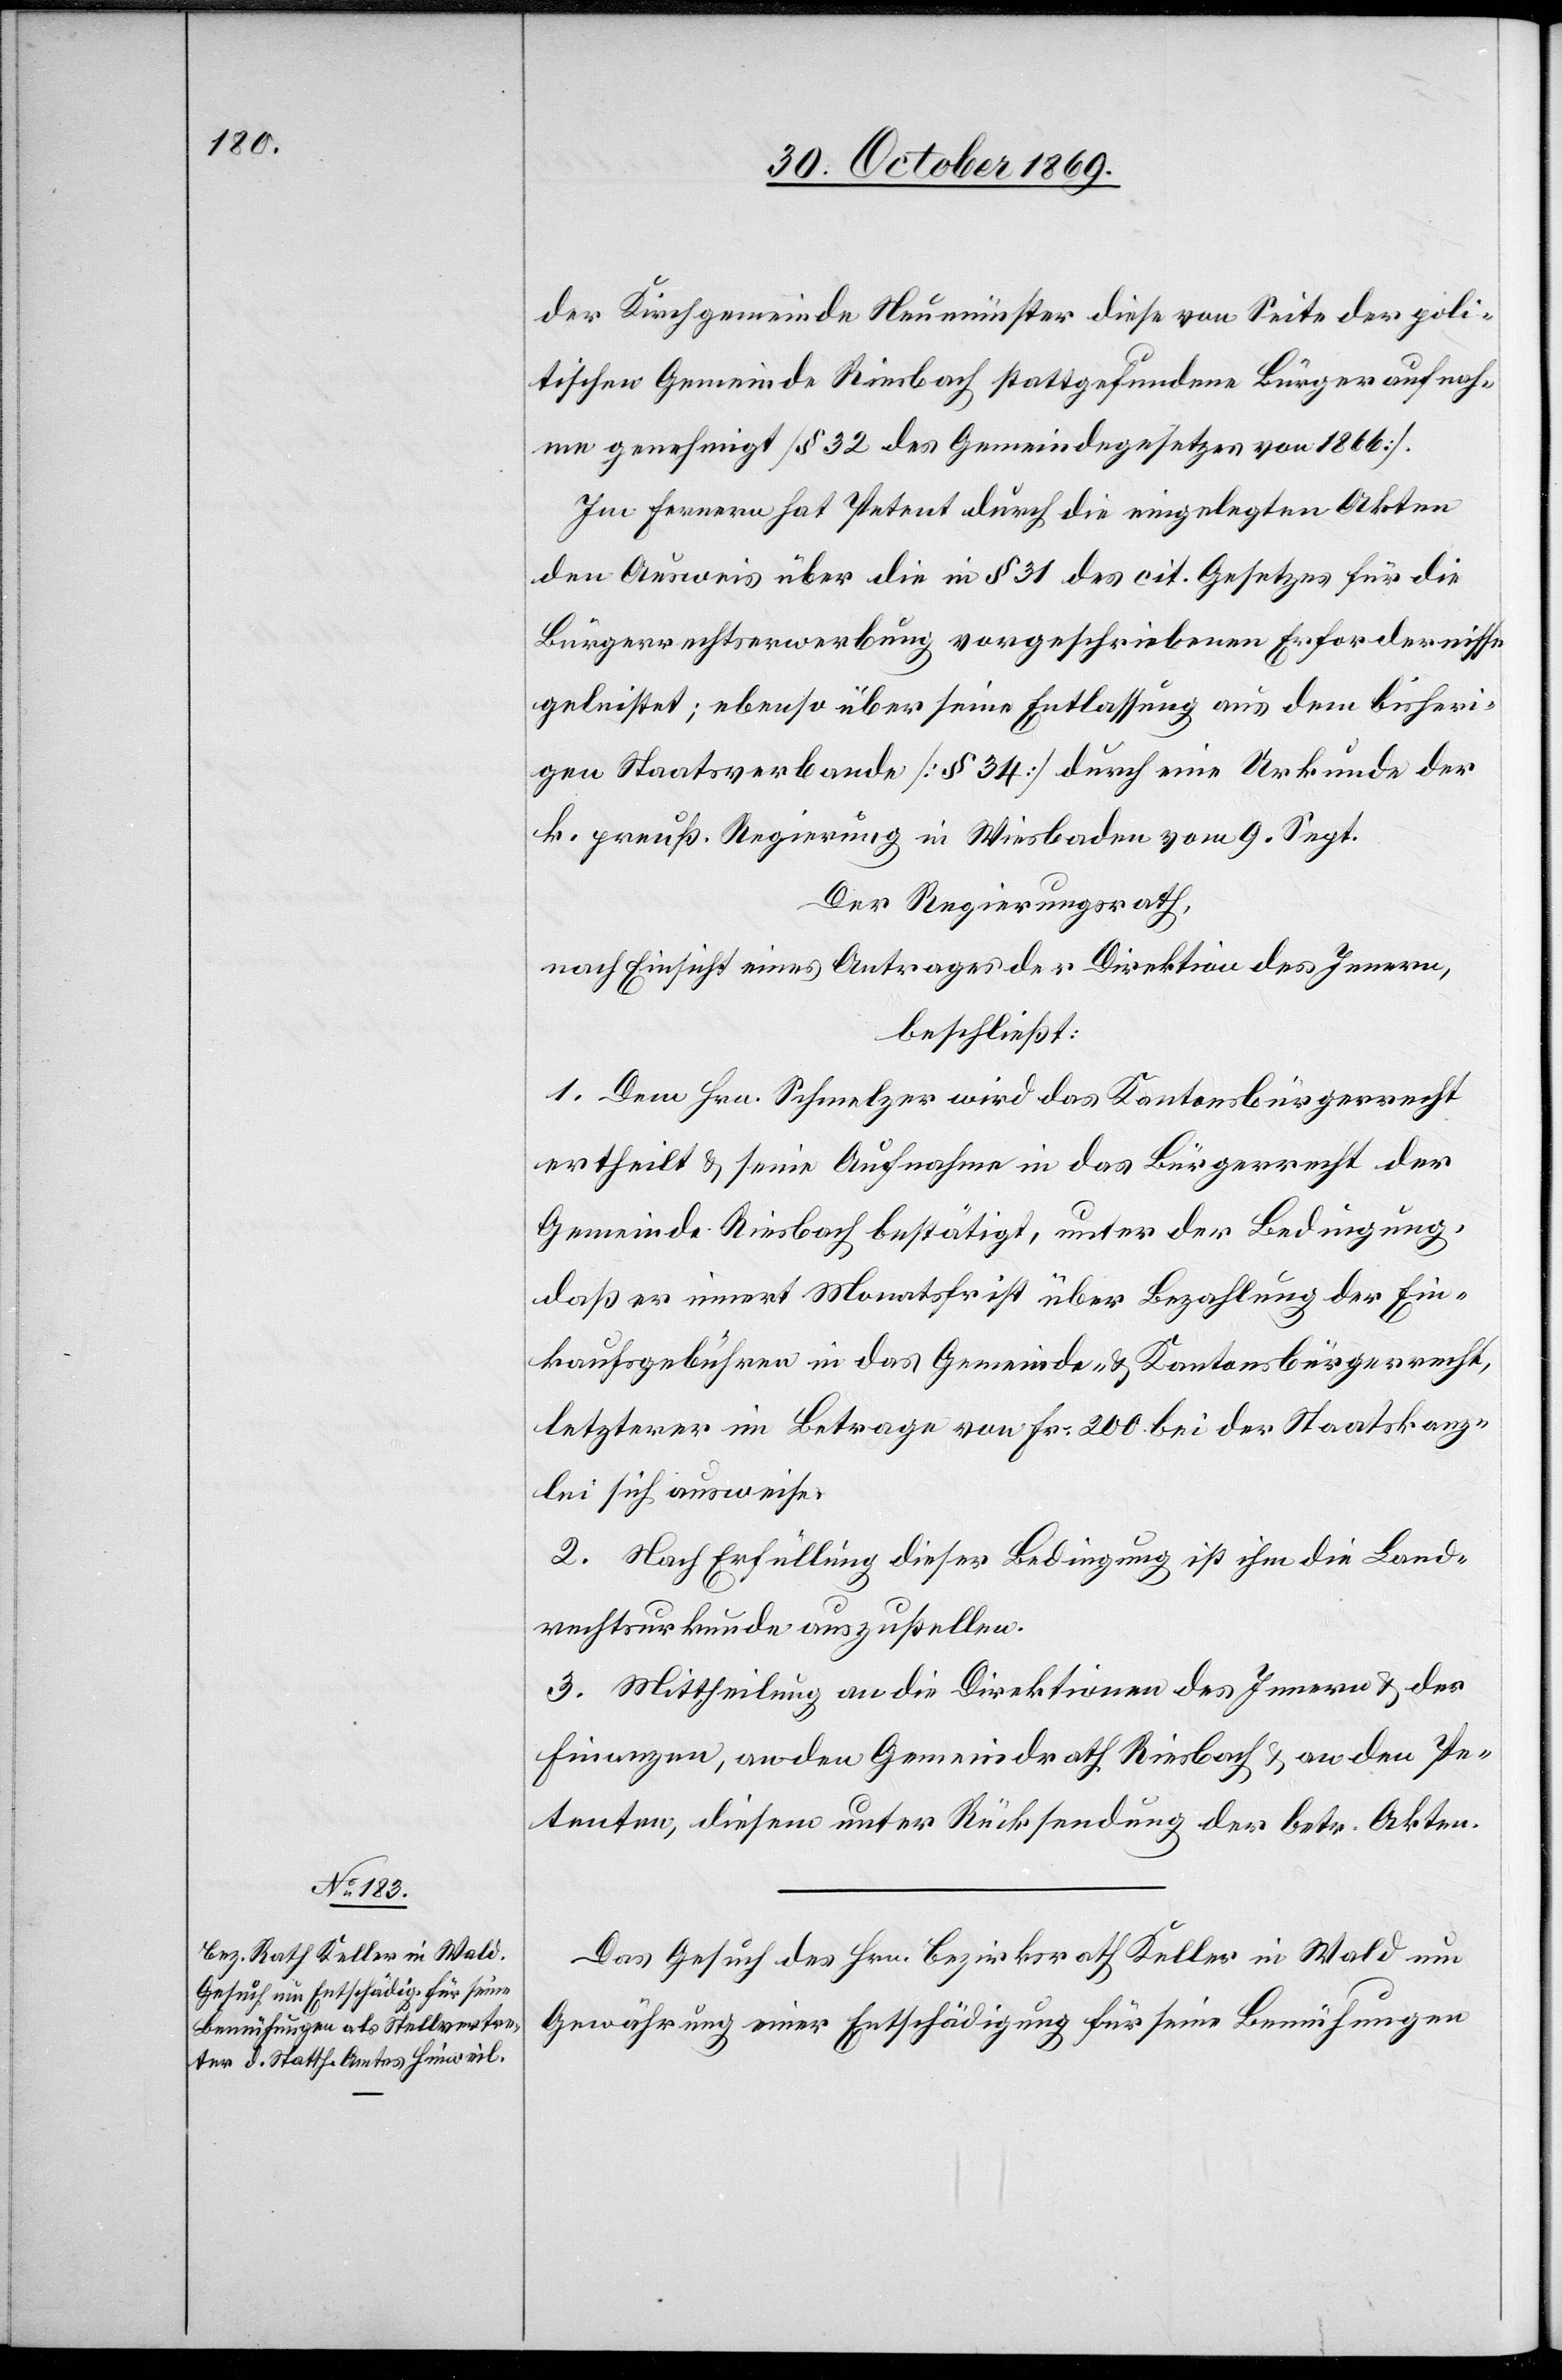
der Kirchgemeinde Neumünster diese von Seite der poli¬
tischen Gemeinde Riesbach stattgefundene Bürgeraufnah¬
me genehmigt [§ 32 des Gemeindegesetzes von 1866].
Im Fernern hat Petent durch die eingelegten Akten
den Ausweis über die in § 31 des cit. Gesetzes für die
Bürgerrechtserwerbung vorgeschriebenen Erfordernisse
geleistet; ebenso über seine Entlassung aus dem bisheri¬
gen Staatsverbande [§ 34] durch eine Urkunde der
k. preuß. Regierung in Wiesbaden vom 9. Sept.
Der Regierungsrath,
nach Einsicht eines Antrages der Direktion des Innern,
beschließt:
1. Dem Hrn. Schmelzer wird das Kantonsbürgerrecht
ertheilt & seine Aufnahme in das Bürgerrecht der
Gemeinde Riesbach bestätigt, unter der Bedingung,
daß er innert Monatsfrist über Bezahlung der Ein¬
kaufsgebühren in das Gemeinde- & Kantonsbürgerrecht,
letzterer im Betrage von Fr. 200 bei der Staatskanz¬
lei sich ausweise.
2. Nach Erfüllung dieser Bedingung ist ihm die Land¬
rechtsurkunde auszustellen.
3. Mittheilung an die Direktionen des Innern & der
Finanzen, an den Gemeindrath Riesbach & an den Pe¬
tenten, diesem unter Rücksendung der betr. Akten.
Das Gesuch des Hrn. Bezirksrath Keller in Wald um
Gewährung einer Entschädigung für seine Bemühungen